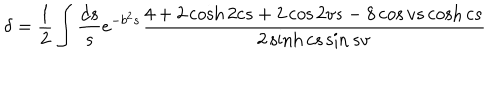
LaTeX: \delta = \frac { 1 } { 2 } \int \frac { d s } { s } e ^ { - b ^ { 2 } s } \frac { 4 + 2 \cosh 2 c s + 2 \cos 2 v s - 8 \cos v s \cosh c s } { 2 \sinh c s \sin s v }